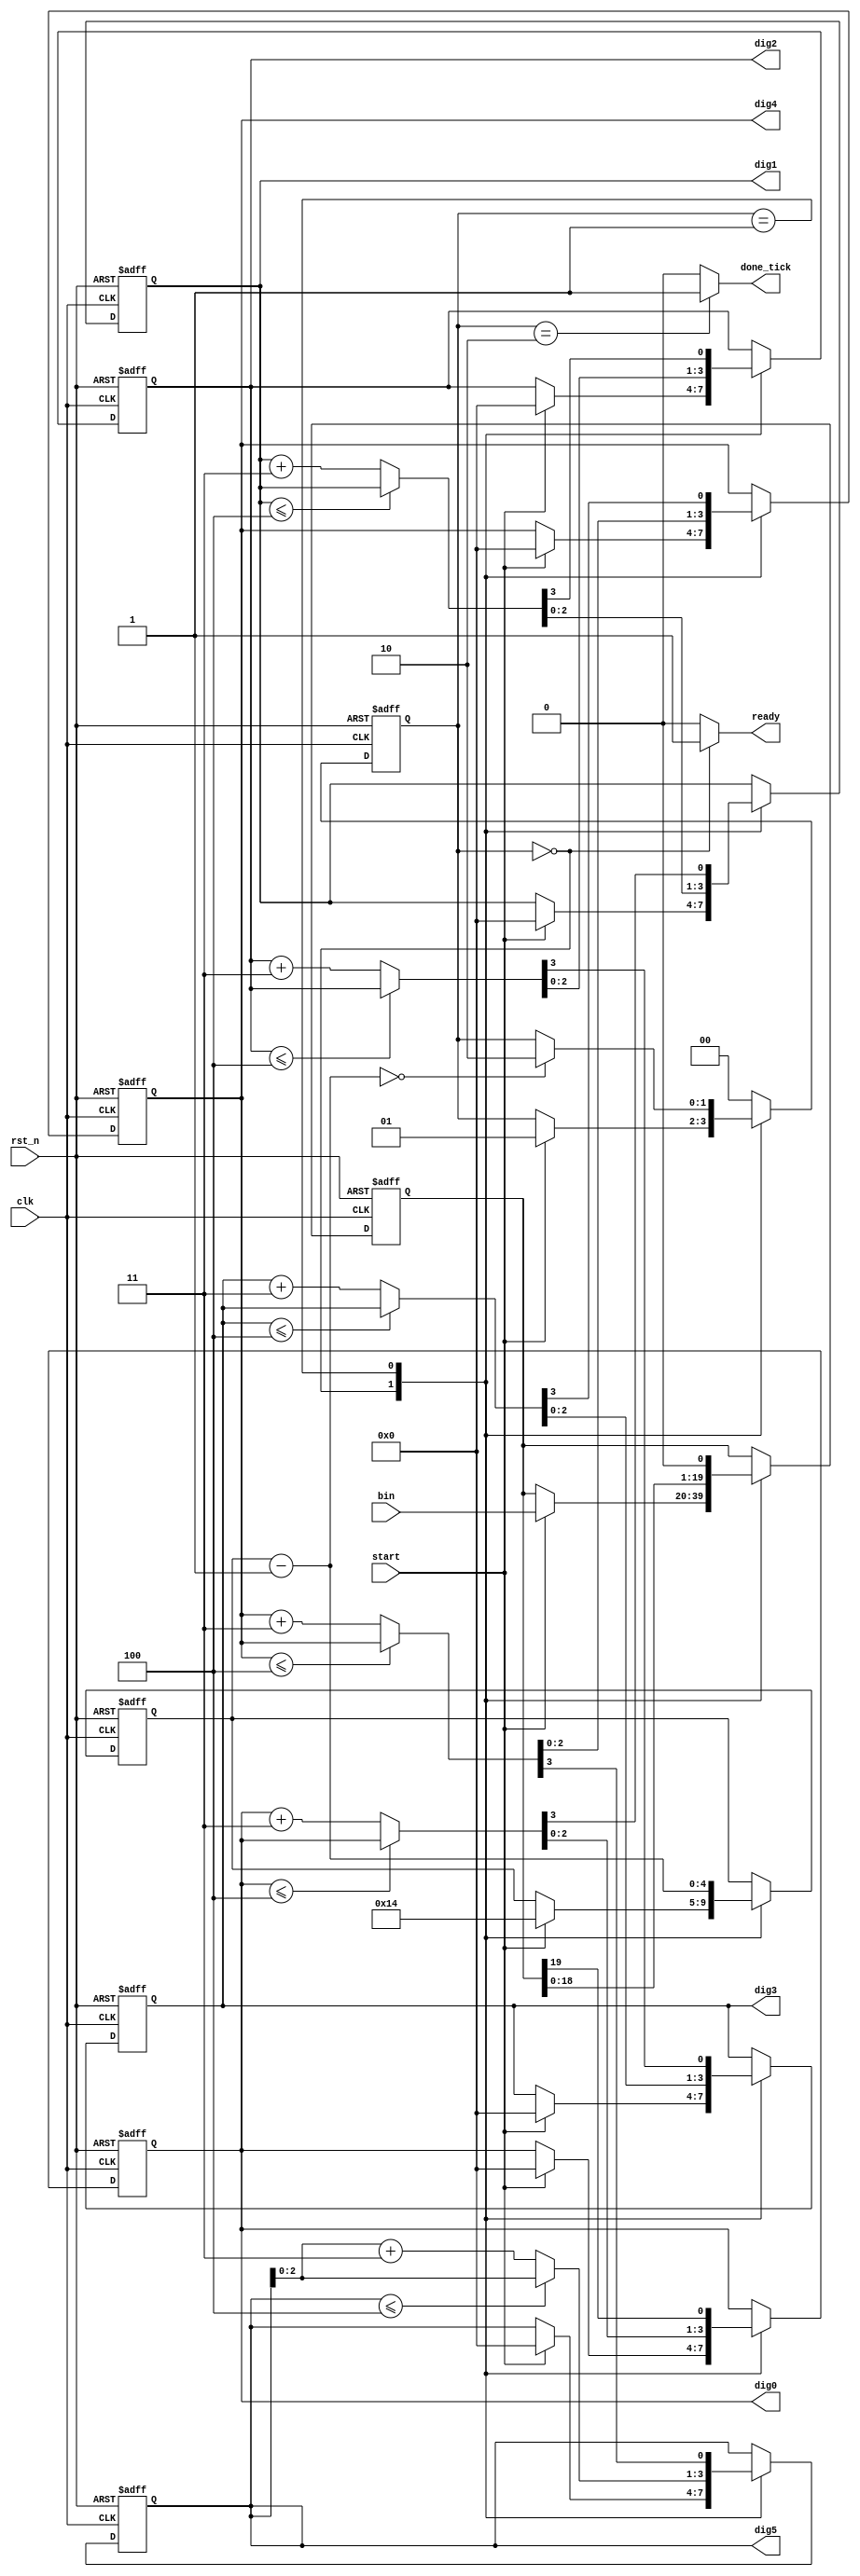
`timescale 1ns / 1ps

module bin2bcd(
	input clk,rst_n,
	input start,
	input[19:0] bin,//limit is 6 digit of bcd
	output reg ready,done_tick,
	output[3:0] dig0,dig1,dig2,dig3,dig4,dig5
    );
	 //FSM declarations
	 localparam[1:0] idle=2'd0,
							op=2'd1,
							done=2'd2;
	 localparam N=20; //width of binary
	
	 reg[1:0] state_reg,state_nxt;
	 reg[N-1:0] bin_reg,bin_nxt;
	 reg[3:0] dig0_reg,dig1_reg,dig2_reg,dig3_reg,dig4_reg,dig5_reg;
	 reg[3:0] dig0_nxt,dig1_nxt,dig2_nxt,dig3_nxt,dig4_nxt,dig5_nxt;
	 reg[4:0] n_reg,n_nxt;
	 
	 //FSM reguster operations
	 always @(posedge clk,negedge rst_n) begin
		 if(!rst_n) begin
			state_reg<=idle;
			bin_reg<=0;
			dig0_reg<=0;
			dig1_reg<=0;
			dig2_reg<=0;
			dig3_reg<=0;
			dig4_reg<=0;
			dig5_reg<=0;
			n_reg<=0;
		 end
		 else begin
			state_reg<=state_nxt;
			bin_reg<=bin_nxt;
			dig0_reg<=dig0_nxt;
			dig1_reg<=dig1_nxt;
			dig2_reg<=dig2_nxt;
			dig3_reg<=dig3_nxt;
			dig4_reg<=dig4_nxt;
			dig5_reg<=dig5_nxt;
			n_reg<=n_nxt;
		 end		 
	 end
	 //FSM next-state logics
	 always @* begin
		state_nxt=state_reg;
		bin_nxt=bin_reg;
		dig0_nxt=dig0_reg;
		dig1_nxt=dig1_reg;
		dig2_nxt=dig2_reg;
		dig3_nxt=dig3_reg;
		dig4_nxt=dig4_reg;
		dig5_nxt=dig5_reg;
		n_nxt=n_reg;
		done_tick=0;
		ready=0;
			case(state_reg) 
				idle: begin
							ready=1;
							if(start) begin
								bin_nxt=bin;
								dig0_nxt=0;
								dig1_nxt=0;
								dig2_nxt=0;
								dig3_nxt=0;
								dig4_nxt=0;
								dig5_nxt=0;
								n_nxt=N;
								state_nxt=op;
							end
						end
				  op: begin
							dig0_nxt=(dig0_reg<=4)?dig0_reg:dig0_reg+4'd3;
							dig1_nxt=(dig1_reg<=4)?dig1_reg:dig1_reg+4'd3;
							dig2_nxt=(dig2_reg<=4)?dig2_reg:dig2_reg+4'd3;
							dig3_nxt=(dig3_reg<=4)?dig3_reg:dig3_reg+4'd3;
							dig4_nxt=(dig4_reg<=4)?dig4_reg:dig4_reg+4'd3;
							dig5_nxt=(dig5_reg<=4)?dig5_reg:dig5_reg+4'd3;
							
							{dig5_nxt,dig4_nxt,dig3_nxt,dig2_nxt,dig1_nxt,dig0_nxt,bin_nxt}={dig5_nxt,dig4_nxt,dig3_nxt,dig2_nxt,dig1_nxt,dig0_nxt,bin_nxt}<<1; //shift left by 1
							n_nxt=n_reg-1;
							if(n_nxt==0) state_nxt=done;			
						end
				done: begin
							done_tick=1;
							state_nxt=idle;
						end
			default: state_nxt=idle;						
			endcase	
	 end
	 assign  dig0=dig0_reg,
				dig1=dig1_reg,
				dig2=dig2_reg,
				dig3=dig3_reg,
				dig4=dig4_reg,
				dig5=dig5_reg;
	
	 
	 

	 


endmodule